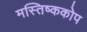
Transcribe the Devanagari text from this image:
मस्तिष्ककोप